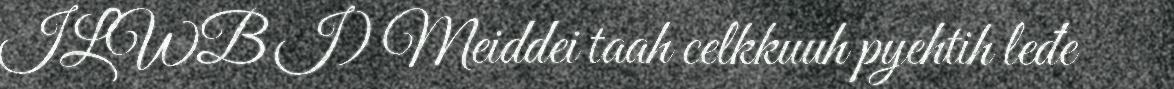
ILWB I) Meiddei taah celkkuuh pyehtih leđe